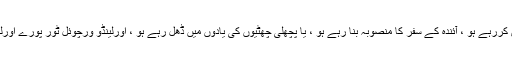
چاہے آپ پہلی بار اورلینڈو ، فلوریڈا کی تلاش کررہے ہو ، آئندہ کے سفر کا منصوبہ بنا رہے ہو ، یا پچھلی چھٹیوں کی یادوں میں ڈھل رہے ہو ، اورلینڈو ورچوئل ٹور پورے اورلینڈو میں آپ کو 85 تجربات میں لے جاتا ہے۔